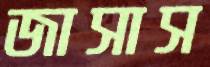
জাসাস